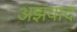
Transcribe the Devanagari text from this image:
अझवाद